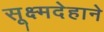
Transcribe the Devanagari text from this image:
सूक्ष्मदेहाने